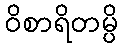
ဝိစာရိတမ္ပိ